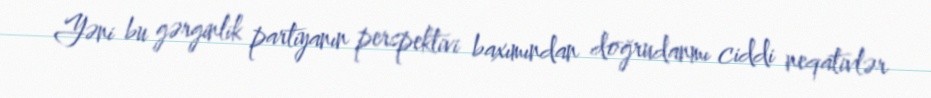
Yəni bu gərginlik partiyanın perspektivi baxımından doğrudanmı ciddi neqativlər